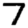
Digit: 7